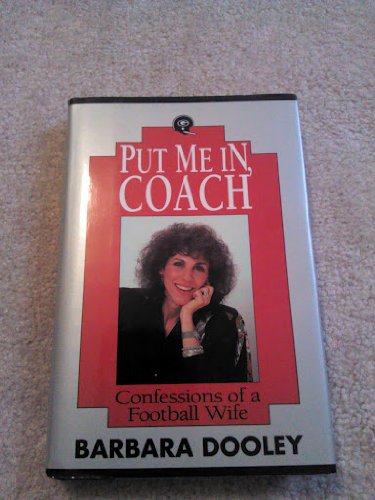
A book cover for Put Me In, Coach: Confessions of a Football Wife; Barbara Dooley; Sports & Outdoors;